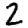
Digit: 2